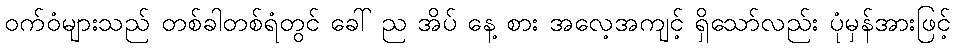
ဝက်ဝံများသည် တစ်ခါတစ်ရံတွင် ခေါ် ည အိပ် နေ့ စား အလေ့အကျင့် ရှိသော်လည်း ပုံမှန်အားဖြင့်